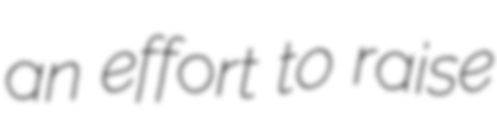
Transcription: an effort to raise